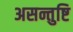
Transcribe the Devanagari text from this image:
असन्तुष्टि